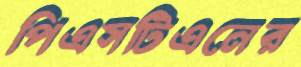
পিএসটিএনের